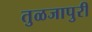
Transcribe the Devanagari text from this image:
तुळजापुरी